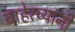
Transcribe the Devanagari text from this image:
बाहेरच्यांनी